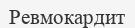
Ревмокардит